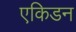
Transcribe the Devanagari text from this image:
एकिडन